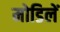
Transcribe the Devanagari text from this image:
मोडिलें